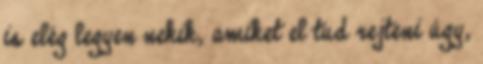
is elég legyen nekik, amiket el tud rejteni úgy,